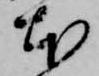
本